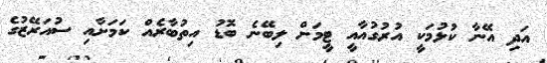
އަދި އޭނާ ކުޅުމަކީ އުރުގުއާއީ ޓީމަށް ލިބޭނެ ބޮޑު އިތުބާރެއް ކަމަށާއި ސުއަރޭޒުގެ